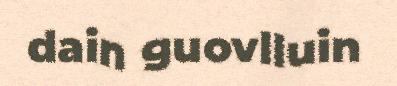
dain guovlluin